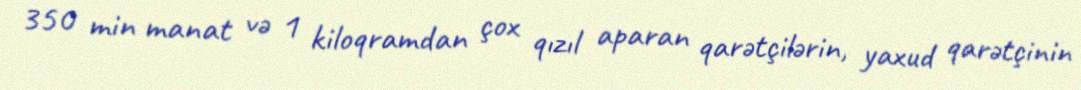
350 min manat və 1 kiloqramdan çox qızıl aparan qarətçilərin, yaxud qarətçinin